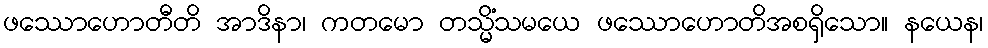
ဖဿောဟောတီတိ အာဒိနာ၊ ကတမော တသ္မိံသမယေ ဖဿောဟောတိအစရှိသော။ နယေန၊